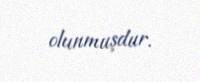
olunmuşdur.